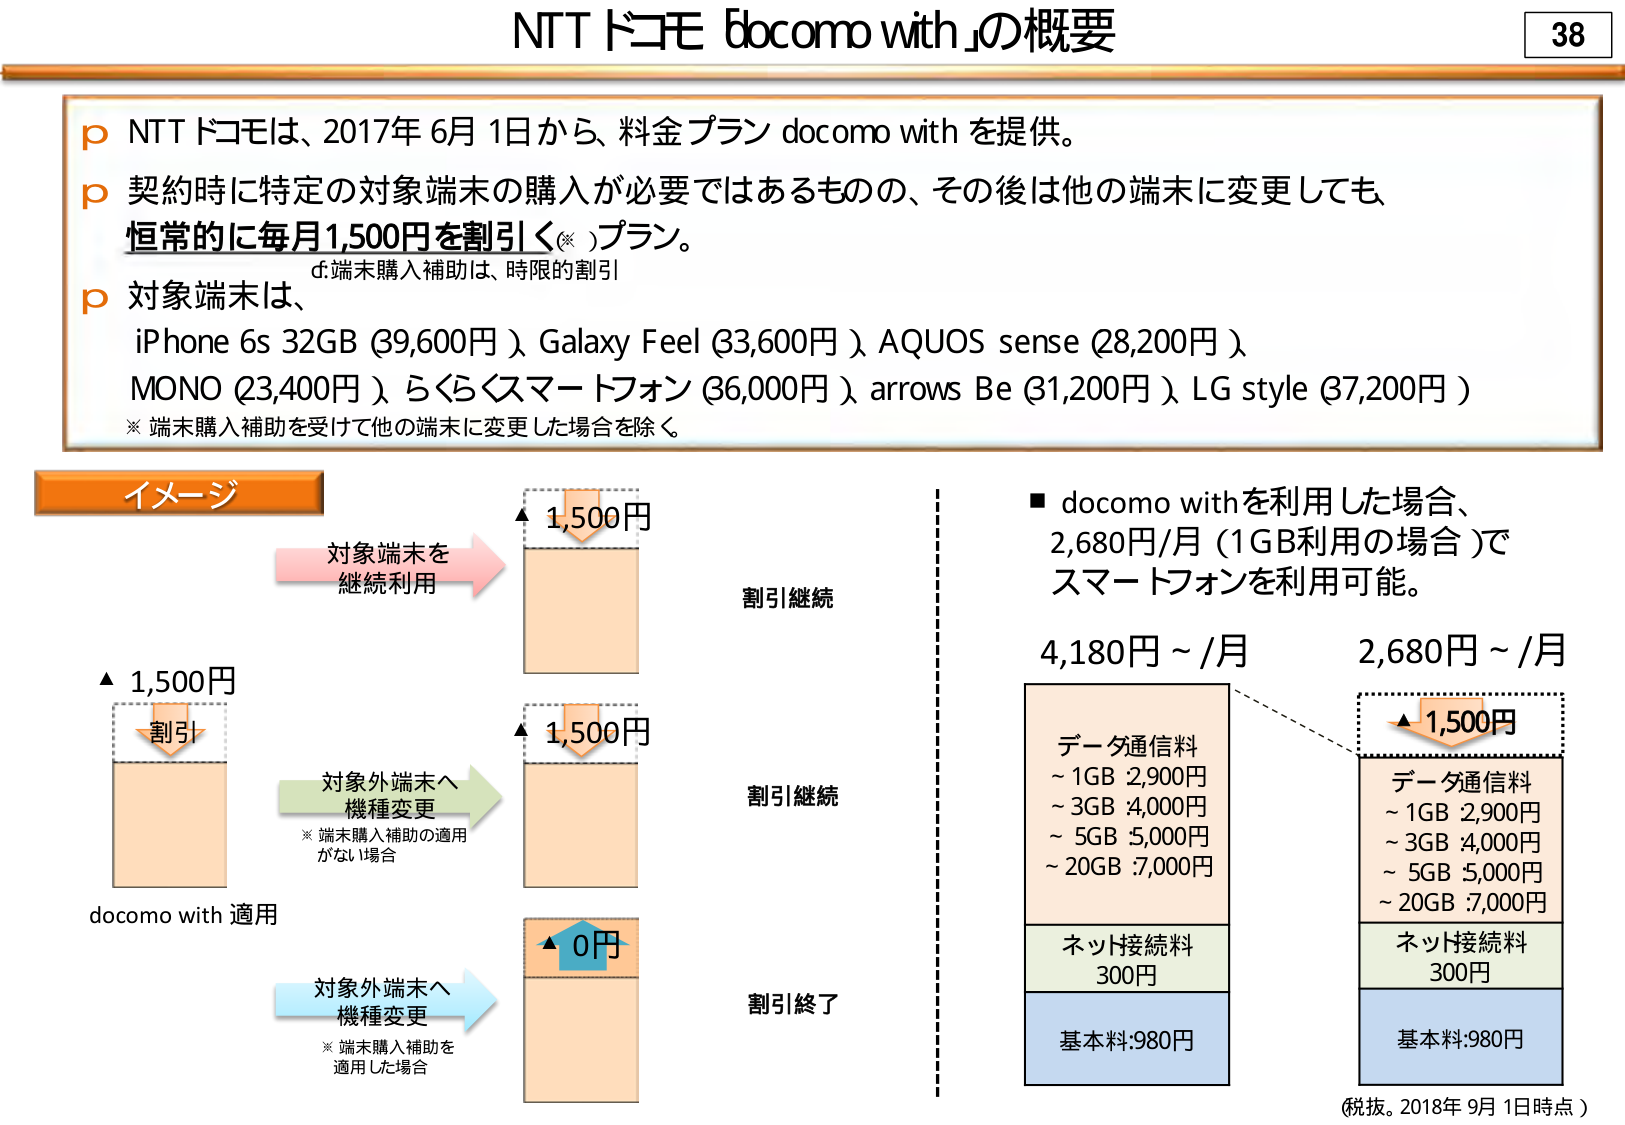
NTTドコモ「docomo with」の概要

38

p NTTドコモは、2017年6月1日から、料金プラン docomo with を提供。
p 契約時に特定の対象端末の購入が必要ではあるものの、その後は他の端末に変更しても、
　恒常的に毎月1,500円を割引く（※）プラン。
　　d.端末購入補助は、時限的割引
p 対象端末は、
　iPhone 6s 32GB（39,600円）、Galaxy Feel（33,600円）、AQUOS sense（28,200円）、
　MONO（23,400円）、らくらくスマートフォン（36,000円）、arrows Be（31,200円）、LG style（37,200円）
　※ 端末購入補助を受けて他の端末に変更した場合を除く。

イメージ

▲1,500円
　割引
　　docomo with 適用

対象端末を
継続利用
　　→ ▲1,500円
　　　　割引継続

対象外端末へ
機種変更
　※ 端末購入補助の適用
　　がない場合
　　→ ▲1,500円
　　　　割引継続

対象外端末へ
機種変更
　※ 端末購入補助を
　　適用した場合
　　→ ▲0円
　　　　割引終了

■ docomo withを利用した場合、
　2,680円/月（1GB利用の場合）で
　スマートフォンを利用可能。

4,180円～/月
　データ通信料
　　～1GB 2,900円
　　～3GB 4,000円
　　～5GB 5,000円
　　～20GB 7,000円
　ネット接続料
　　300円
　基本料：980円

2,680円～/月
　▲1,500円
　データ通信料
　　～1GB 2,900円
　　～3GB 4,000円
　　～5GB 5,000円
　　～20GB 7,000円
　ネット接続料
　　300円
　基本料：980円

（税抜。2018年9月1日時点）